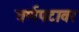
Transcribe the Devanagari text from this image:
वर्णपटावर